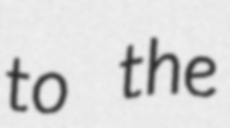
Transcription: to the